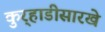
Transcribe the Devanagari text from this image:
कुर्‍हाडीसारखे